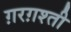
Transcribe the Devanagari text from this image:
ग़रग़श्ती